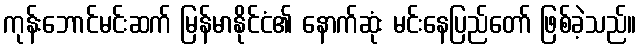
ကုန်းဘောင်မင်းဆက် မြန်မာနိုင်ငံ၏ နောက်ဆုံး မင်းနေပြည်တော် ဖြစ်ခဲ့သည်။